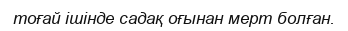
тоғай ішінде садақ оғынан мерт болған.